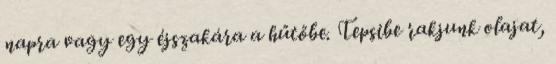
napra vagy egy éjszakára a hűtőbe. Tepsibe rakjunk olajat,